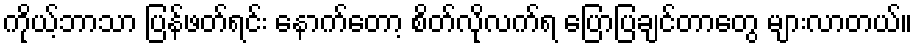
ကိုယ့်ဘာသာ ပြန်ဖတ်ရင်း နောက်တော့ စိတ်လိုလက်ရ ပြောပြချင်တာတွေ များလာတယ်။